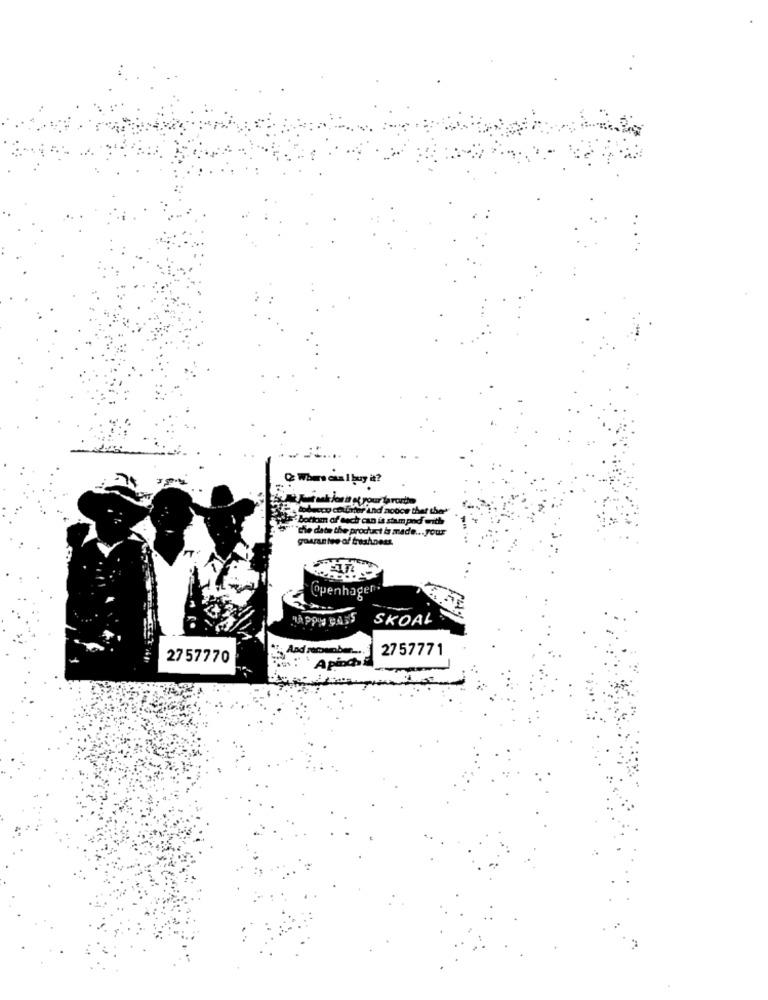
Cz Where can I buy it?
tobacco counter and aoboe that the'
'Bottom of each can is stam poof with
""chie date the product is made ... your
guarantee of freshness.
@penhagen
HAPPY 9A.5
SKOAL
2757771
2757770
B: Apioch